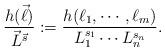
LaTeX: \begin{align*}\frac{h(\vec\ell)}{\vec L^{\vec s}}:= \frac {h(\ell_1, \cdots , \ell_m)}{L_1^{s_1}\cdots L_n^{s_n}}.\end{align*}